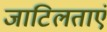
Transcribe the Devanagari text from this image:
जाटिलताएं